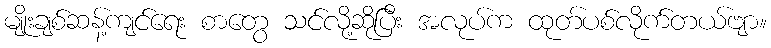
မျိုးချစ်ဆန့်ကျင်ရေး စာတွေ သင်လို့ဆိုပြီး အလုပ်က ထုတ်ပစ်လိုက်တယ်ဗျာ။